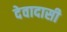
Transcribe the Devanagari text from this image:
देवादासी